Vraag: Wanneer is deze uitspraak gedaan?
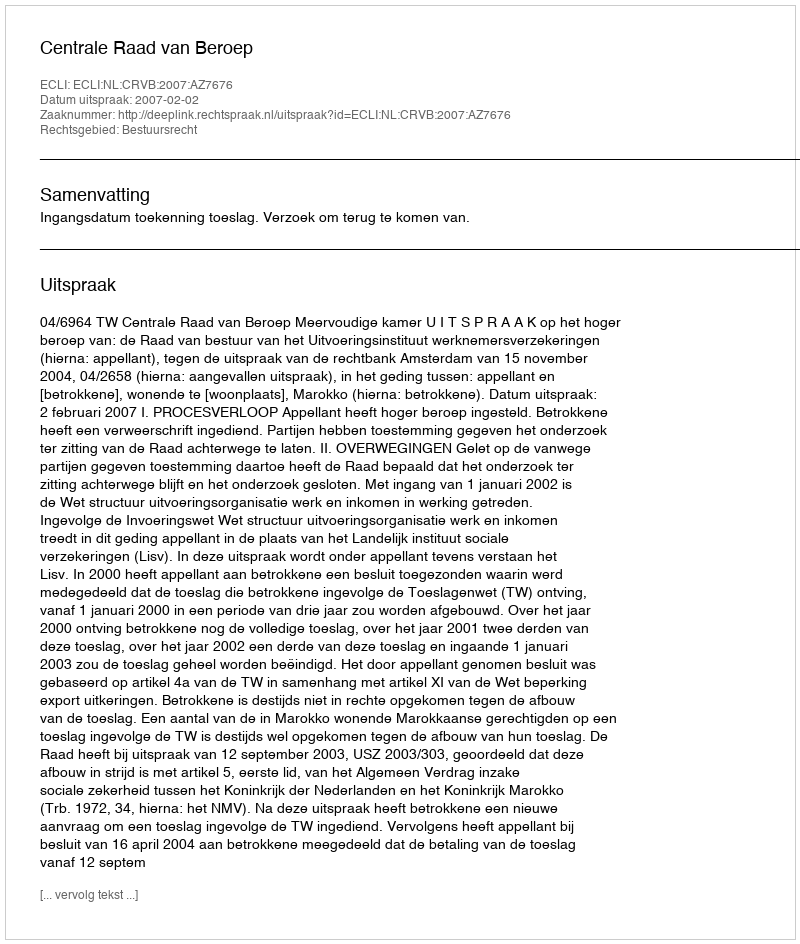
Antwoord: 2007-02-02